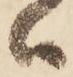
ハ